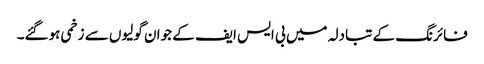
فائرنگ کے تبادلہ میں بی ایس ایف کے جوان گولیوں سے زخمی ہوگئے۔